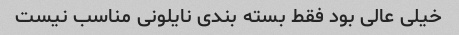
خیلی عالی بود فقط بسته بندی نایلونی مناسب نیست